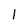
Character: l